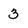
Character: 3